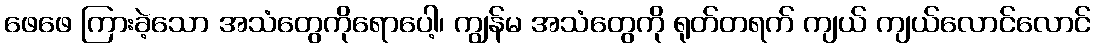
ဖေဖေ ကြားခဲ့သော အသံတွေကိုရောပေါ့၊ ကျွန်မ အသံတွေကို ရုတ်တရက် ကျယ် ကျယ်လောင်လောင်